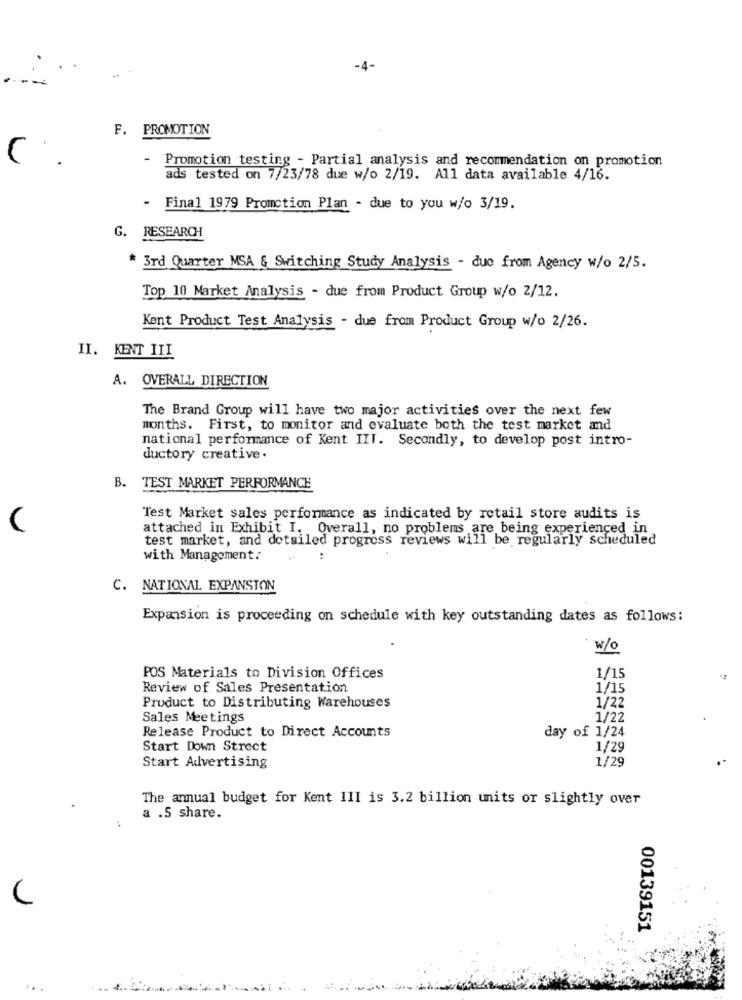
-4-
F. PROMOTION
(
- Promotion testing - Partial analysis and recommendation on promotion
ads tested on 7/23/78 due w/o 2/19. All data available 4/16.
- Final 1979 Promction Plan - due to you w/o 3/19.
G. RESEARCH
* 3rd Quarter MSA & Switching Study Analysis - due from Agency w/o 2/5.
Top 10 Market Analysis - due from Product Group w/o 2/12.
Kent Product Test Analysis - due from Product Group w/o 2/26.
II. KENT III
A. OVERALL DIRECTION
The Brand Group will have two major activities over the next few
months. First, to monitor and evaluate both the test market and
national performance of Kent III. Secondly, to develop post intro-
ductory creative.
B. TEST MARKET PERFORMANCE
Test Market sales performance as indicated by retail store audits is
attached in Exhibit I. Overall, no problems are being experienced in
test market, and detailed progross reviews will be regularly scheduled
with Management:
C. NATIONAL EXPANSION
Expansion is proceeding on schedule with key outstanding dates as follows:
w/O
POS Materials to Division Offices
1/15
..
Review of Sales Presentation
1/15
1/22
Product to Distributing Warehouses
Sales Meetings
1/22
Release Product to Direct Accounts
day of 1/24
Start Down Strect
1/29
1/29
Start Advertising
The annual budget for Kent III is 3.2 billion units or slightly over
a .5 share.
00139151